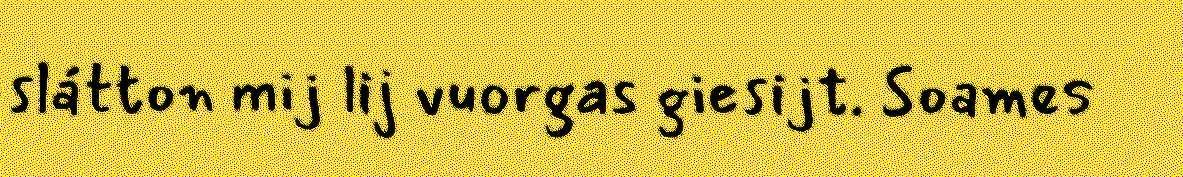
slátton mij lij vuorgas giesijt. Soames